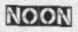
NOON